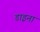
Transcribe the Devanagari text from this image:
डाइना